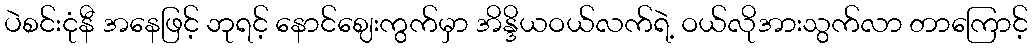
ပဲစင်းငုံနီ အနေဖြင့် ဘုရင့် နောင်ဈေးကွက်မှာ အိန္ဒိယဝယ်လက်ရဲ့ ဝယ်လိုအားသွက်လာ တာကြောင့်